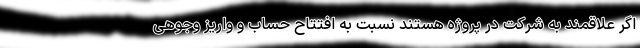
اگر علاقمند به شرکت در پروژه هستند نسبت به افتتاح حساب و واریز وجوهی